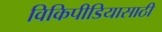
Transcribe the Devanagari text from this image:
विकिपीडियासाठी